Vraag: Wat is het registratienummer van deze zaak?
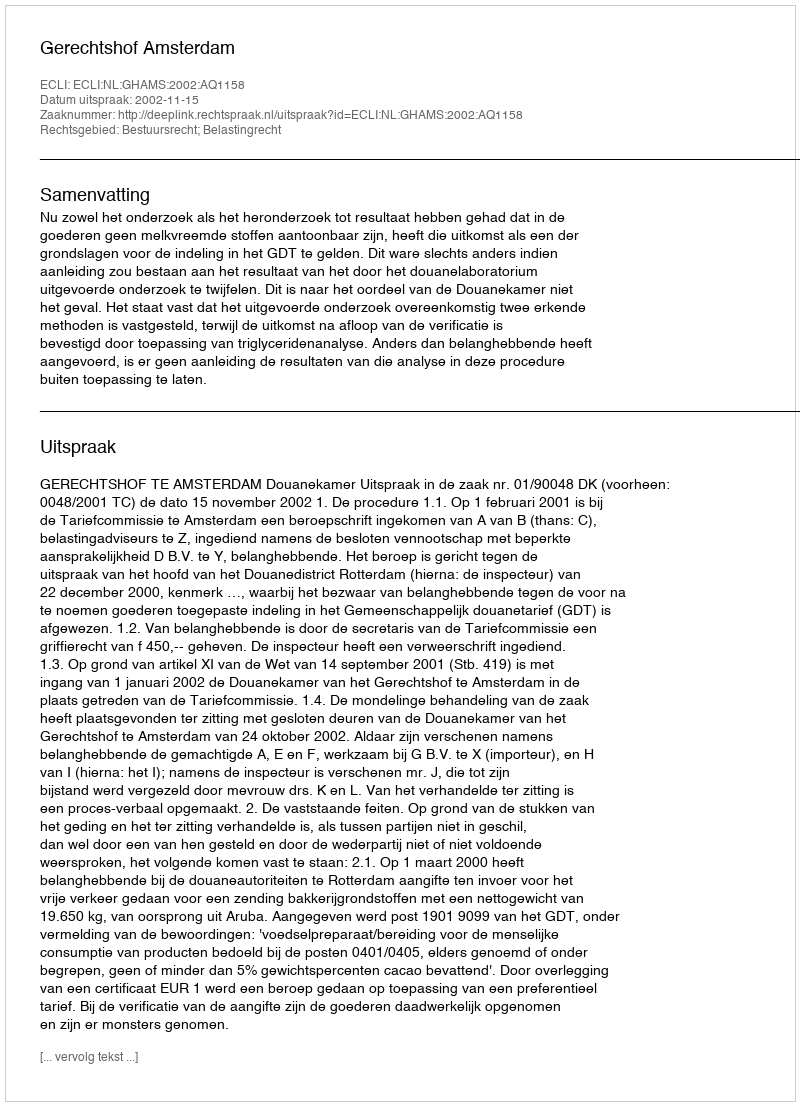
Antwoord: http://deeplink.rechtspraak.nl/uitspraak?id=ECLI:NL:GHAMS:2002:AQ1158